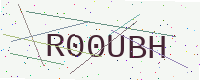
Text: R00UBH